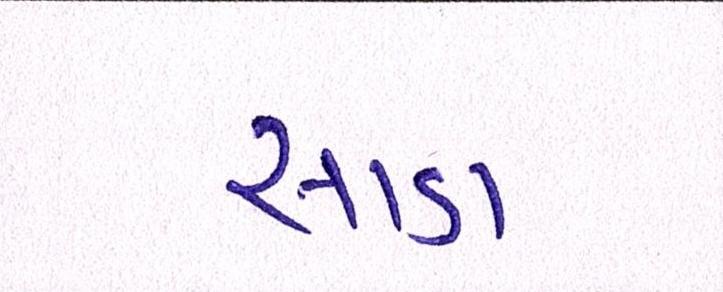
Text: સાડા